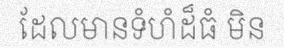
ដែលមានទំហំដ៏ធំ មិន